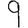
Digit: 9